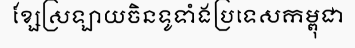
ខ្សែស្រឡាយចិនទូទាំងប្រទេសកម្ពុជា